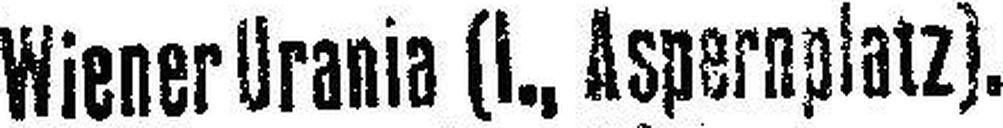
Wiener Urania (1., Aspernplatz).